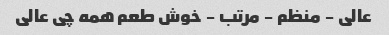
عالی - منظم - مرتب - خوش طعم همه چی عالی